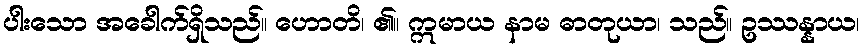
ပါးသော အခေါက်ရှိသည်။ ဟောတိ၊ ၏။ ဣမာယ နာမ ဓာတုယာ၊ သည်။ ဥဿန္နာယ၊